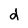
Character: d